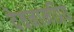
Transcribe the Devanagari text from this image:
देवनामप्रिय